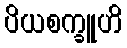
ပိယစက္ခူဟိ